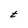
Character: t